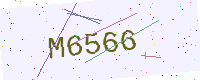
Text: M6566